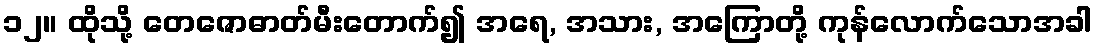
၁၂။ ထိုသို့ တေဇောဓာတ်မီးတောက်၍ အရေ, အသား, အကြောတို့ ကုန်လောက်သောအခါ